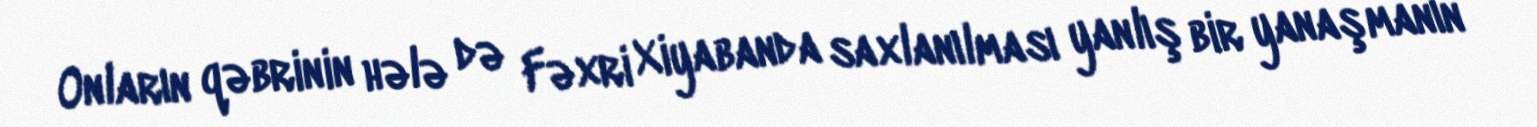
Onların qəbrinin hələ də Fəxri Xiyabanda saxlanılması yanlış bir yanaşmanın